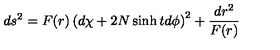
d s ^ { 2 } = F ( r ) \left( d \chi + 2 N \sinh t d \phi \right) ^ { 2 } + \frac { d r ^ { 2 } } { F ( r ) }